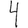
Digit: 4